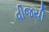
વીજયી